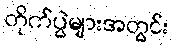
တိုက်ပွဲများအတွင်း